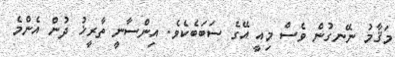
މަޤާމު ނޭނގުން ވެސް މިއީ އޭގެ ސަބަބެކެވެ. އިންސާނީ ތާރީޚު ދުން އެންމެ